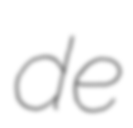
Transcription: de